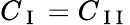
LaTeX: C_{\mathrm{~I~}}=C_{\mathrm{~I~I~}}